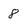
Character: 8